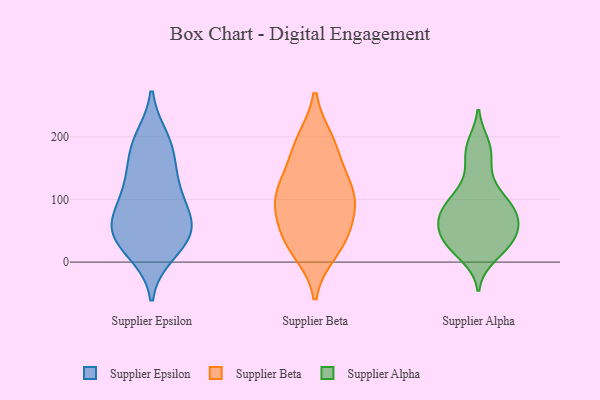
{"axis": {"x": "Energy Usage (MWh)", "y": "Value"}, "legend": ["Supplier Alpha", "Supplier Beta", "Supplier Epsilon"], "data": [{"x": "", "y": 134, "type": "Supplier Epsilon"}, {"x": "", "y": 63, "type": "Supplier Epsilon"}, {"x": "", "y": 196, "type": "Supplier Epsilon"}, {"x": "", "y": 113, "type": "Supplier Epsilon"}, {"x": "", "y": 50, "type": "Supplier Epsilon"}, {"x": "", "y": 28, "type": "Supplier Epsilon"}, {"x": "", "y": 179, "type": "Supplier Epsilon"}, {"x": "", "y": 15, "type": "Supplier Epsilon"}, {"x": "", "y": 36, "type": "Supplier Epsilon"}, {"x": "", "y": 80, "type": "Supplier Epsilon"}, {"x": "", "y": 69, "type": "Supplier Epsilon"}, {"x": "", "y": 125, "type": "Supplier Epsilon"}, {"x": "", "y": 52, "type": "Supplier Epsilon"}, {"x": "", "y": 185, "type": "Supplier Epsilon"}, {"x": "", "y": 121, "type": "Supplier Beta"}, {"x": "", "y": 108, "type": "Supplier Beta"}, {"x": "", "y": 110, "type": "Supplier Beta"}, {"x": "", "y": 40, "type": "Supplier Beta"}, {"x": "", "y": 191, "type": "Supplier Beta"}, {"x": "", "y": 97, "type": "Supplier Beta"}, {"x": "", "y": 84, "type": "Supplier Beta"}, {"x": "", "y": 17, "type": "Supplier Beta"}, {"x": "", "y": 29, "type": "Supplier Beta"}, {"x": "", "y": 193, "type": "Supplier Beta"}, {"x": "", "y": 55, "type": "Supplier Beta"}, {"x": "", "y": 158, "type": "Supplier Beta"}, {"x": "", "y": 30, "type": "Supplier Alpha"}, {"x": "", "y": 74, "type": "Supplier Alpha"}, {"x": "", "y": 175, "type": "Supplier Alpha"}, {"x": "", "y": 91, "type": "Supplier Alpha"}, {"x": "", "y": 11, "type": "Supplier Alpha"}, {"x": "", "y": 29, "type": "Supplier Alpha"}, {"x": "", "y": 116, "type": "Supplier Alpha"}, {"x": "", "y": 44, "type": "Supplier Alpha"}, {"x": "", "y": 71, "type": "Supplier Alpha"}, {"x": "", "y": 37, "type": "Supplier Alpha"}, {"x": "", "y": 25, "type": "Supplier Alpha"}, {"x": "", "y": 84, "type": "Supplier Alpha"}, {"x": "", "y": 176, "type": "Supplier Alpha"}, {"x": "", "y": 59, "type": "Supplier Alpha"}, {"x": "", "y": 85, "type": "Supplier Alpha"}, {"x": "", "y": 38, "type": "Supplier Alpha"}, {"x": "", "y": 186, "type": "Supplier Alpha"}, {"x": "", "y": 90, "type": "Supplier Alpha"}, {"x": "", "y": 131, "type": "Supplier Alpha"}, {"x": "", "y": 71, "type": "Supplier Alpha"}]}